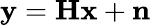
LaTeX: \mathbf{y}=\mathbf{H}\mathbf{x}+\mathbf{n}